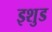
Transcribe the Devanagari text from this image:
इशुड